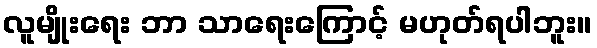
လူမျိုးရေး ဘာ သာရေးကြောင့် မဟုတ်ရပါဘူး။